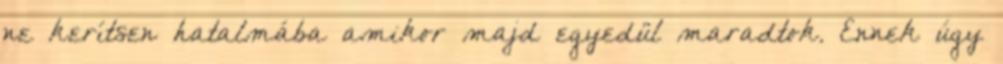
ne kerítsen hatalmába amikor majd egyedül maradtok. Ennek úgy